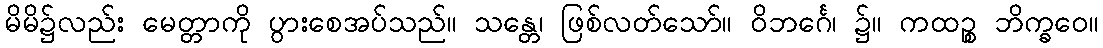
မိမိ၌လည်း မေတ္တာကို ပွားစေအပ်သည်။ သန္တေ၊ ဖြစ်လတ်သော်။ ဝိဘင်္ဂေ၊ ၌။ ကထဉ္စ ဘိက္ခဝေ။